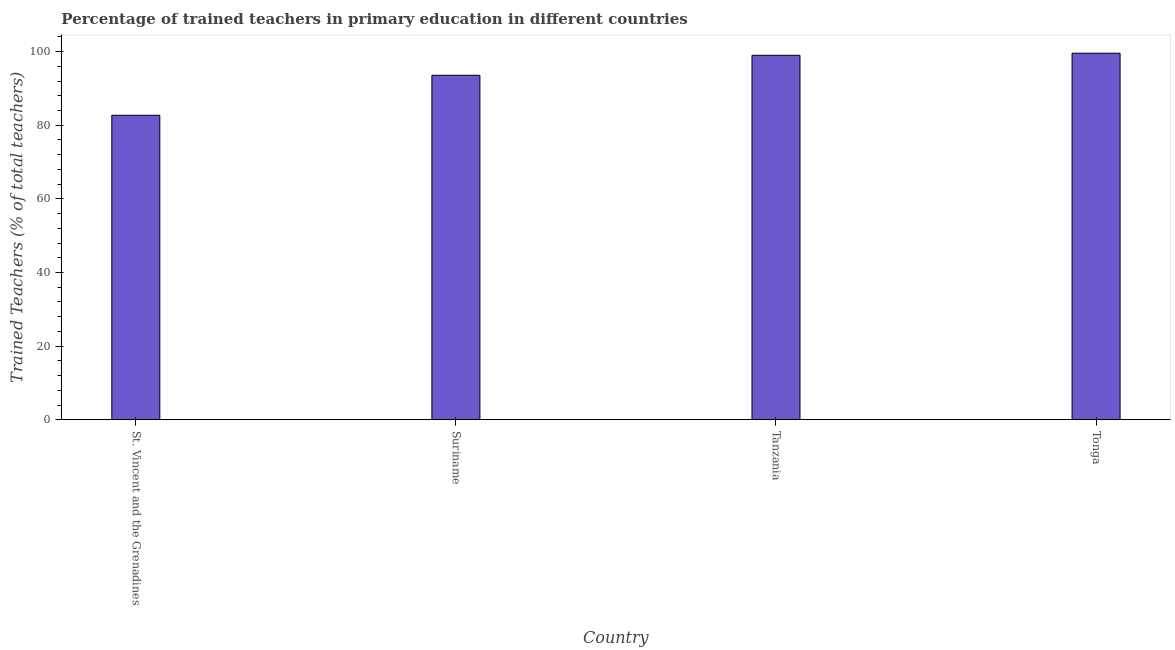
| Country | Trained teacher |
 | --- | --- |
 | St. Vincent and the Grenadines | 82.7 |
 | Suriname | 93.6 |
 | Tanzania | 99 |
 | Tonga | 99.6 |